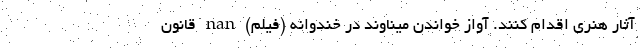
آثار هنری اقدام کنند. آواز خواندن مینا‌وند در خندوانه (فیلم) nan قانون